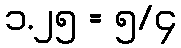
၁.၂၅ = ၅/၄